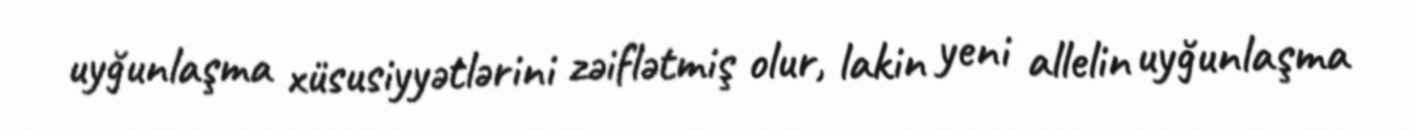
uyğunlaşma xüsusiyyətlərini zəiflətmiş olur, lakin yeni allelin uyğunlaşma